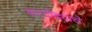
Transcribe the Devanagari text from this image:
करदोड्याचे